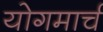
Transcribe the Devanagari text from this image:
योगमार्च